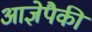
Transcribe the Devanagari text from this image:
आज्ञेपैकी